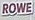
ROWE